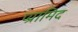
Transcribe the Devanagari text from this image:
प्य्रामिद